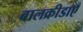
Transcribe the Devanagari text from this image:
बालक्रीडाएँ